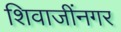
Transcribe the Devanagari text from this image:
शिवाजींनगर